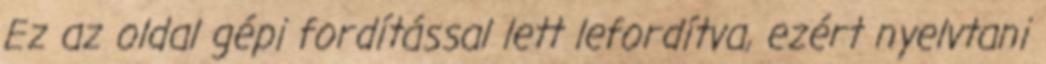
Ez az oldal gépi fordítással lett lefordítva, ezért nyelvtani